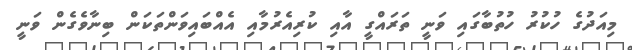
މިއަދުގެ ހުކުރު ހުތުބާގައި ވަނީ ތަރައްގީ އާއި ކުރިއެރުމާއި އެއްބައިވަންތަކަން ބިނާވެގެން ވަނީ